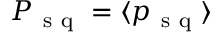
P _ { \mathrm { ~ s ~ q ~ } } = \langle p _ { \mathrm { ~ s ~ q ~ } } \rangle